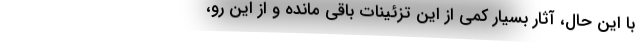
با این حال، آثار بسیار کمی از این تزئینات باقی مانده و از این رو،